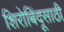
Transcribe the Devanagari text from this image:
शिरोबिंदूसाठी